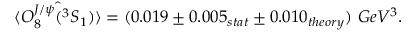
\langle \hat { O _ { 8 } ^ { J / \psi } ( ^ { 3 } S _ { 1 } ) } \rangle = ( 0 . 0 1 9 \pm 0 . 0 0 5 _ { s t a t } \pm 0 . 0 1 0 _ { t h e o r y } ) ~ G e V ^ { 3 } .